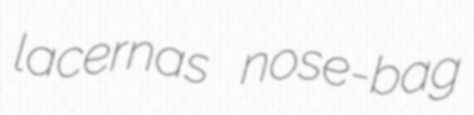
lacernas nose-bag